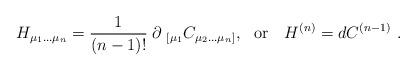
LaTeX: \begin{align*}H_{\mu_1...\mu_n} ={1\over (n-1)!}\; \partial_{\ [ \mu_1} C_{\mu_2...\mu_n]} ,\ \ {\rm or}\ \ \ H^{(n)} = d C^{(n-1)} \ .\end{align*}